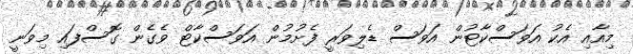
މިއާއި އެކު އަވަސްކާޓުން އަވަސް ޑެލިވަރީ ފެށުމުން އަވަސްކާޓް ވެގެން ގޮސްފައި މިވަނީ